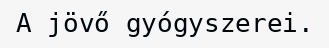
A jövő gyógyszerei.